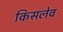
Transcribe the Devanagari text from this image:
किसलेव